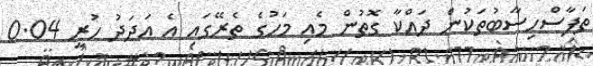
ތަފާސްހިސާބުތަކުން ދައްކާ ގޮތުން މެއި މަހުގެ ތެރޭގައި އެ އަދަދު ހުރީ 0.04